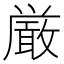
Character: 厳